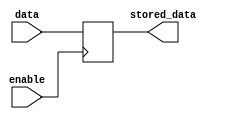
module latch (
    input data,
    input enable,
    output reg stored_data
);

always @ (posedge enable)
begin
    if (enable)
        stored_data <= data;
end

endmodule